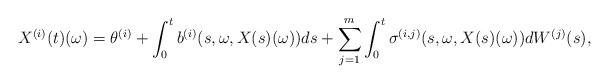
LaTeX: \begin{align*}X^{(i)}(t)(\omega) = \theta^{(i)} + \int_0^t b^{(i)} (s, \omega, X(s)(\omega)) ds + \sum_{j=1}^m \int_0^t \sigma^{(i, j)}(s, \omega, X(s)(\omega)) dW^{(j)} (s), \end{align*}